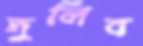
দুলিব